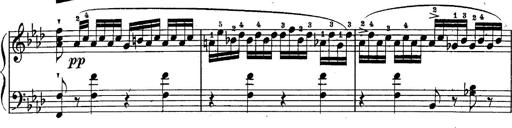
Title: Schubert's Impromptus [revised and edited by Franz Liszt]
Composer: Franz Liszt